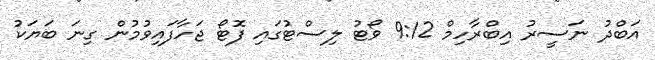
އަބްދު ނަސީރު އިބްރާހިމް 9:12 ވޯޓު ލިސްޓުގައި ފޮޓޯ ޖަހާފައިވުމުން ގިނަ ބަޔަކު